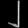
Digit: ၂